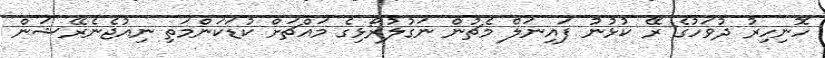
ހޮނިހިރު ދުވަހުގެ ރޭ ކުޅުނު ފައިނަލް މެޗުން ނަގުލުރޯޅިގެ މައްޗަށް ކުޑަކަންމަތި ނިއުޖެނެރޭޝަން